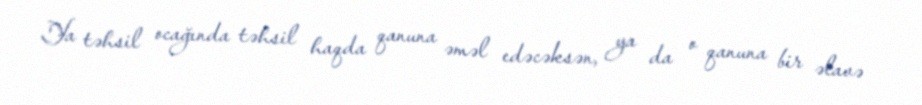
Ya təhsil ocağında təhsil haqda qanuna əməl edəcəksən, ya da o qanuna bir əlavə